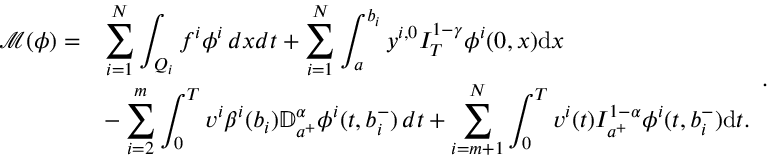
\begin{array} { l l } { \mathcal { M } ( \phi ) = } & { \displaystyle \sum _ { i = 1 } ^ { N } \int _ { Q _ { i } } f ^ { i } \phi ^ { i } \, d x d t + \sum _ { i = 1 } ^ { N } \int _ { a } ^ { b _ { i } } y ^ { i , 0 } I _ { T } ^ { 1 - \gamma } \phi ^ { i } ( 0 , x ) \mathrm { d } x } \\ & { \displaystyle - \sum _ { i = 2 } ^ { m } \int _ { 0 } ^ { T } v ^ { i } \beta ^ { i } ( b _ { i } ) { \mathbb D } _ { a ^ { + } } ^ { \alpha } \phi ^ { i } ( t , b _ { i } ^ { - } ) \, d t + \sum _ { i = m + 1 } ^ { N } \int _ { 0 } ^ { T } v ^ { i } ( t ) I _ { a ^ { + } } ^ { 1 - \alpha } \phi ^ { i } ( t , b _ { i } ^ { - } ) \mathrm { d } t . } \end{array} .